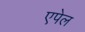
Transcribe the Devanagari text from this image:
एपेल